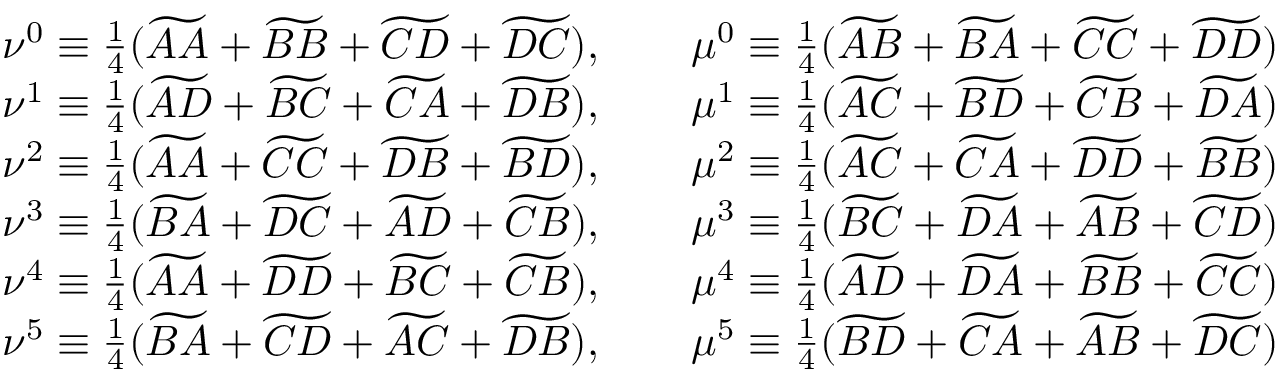
\begin{array} { c c } { \nu ^ { 0 } \equiv \frac { 1 } { 4 } ( \widetilde { A A } + \widetilde { B B } + \widetilde { C D } + \widetilde { D C } ) , \qquad \mu ^ { 0 } \equiv \frac { 1 } { 4 } ( \widetilde { A B } + \widetilde { B A } + \widetilde { C C } + \widetilde { D D } ) } \\ { \nu ^ { 1 } \equiv \frac { 1 } { 4 } ( \widetilde { A D } + \widetilde { B C } + \widetilde { C A } + \widetilde { D B } ) , \qquad \mu ^ { 1 } \equiv \frac { 1 } { 4 } ( \widetilde { A C } + \widetilde { B D } + \widetilde { C B } + \widetilde { D A } ) } \\ { \nu ^ { 2 } \equiv \frac { 1 } { 4 } ( \widetilde { A A } + \widetilde { C C } + \widetilde { D B } + \widetilde { B D } ) , \qquad \mu ^ { 2 } \equiv \frac { 1 } { 4 } ( \widetilde { A C } + \widetilde { C A } + \widetilde { D D } + \widetilde { B B } ) } \\ { \nu ^ { 3 } \equiv \frac { 1 } { 4 } ( \widetilde { B A } + \widetilde { D C } + \widetilde { A D } + \widetilde { C B } ) , \qquad \mu ^ { 3 } \equiv \frac { 1 } { 4 } ( \widetilde { B C } + \widetilde { D A } + \widetilde { A B } + \widetilde { C D } ) } \\ { \nu ^ { 4 } \equiv \frac { 1 } { 4 } ( \widetilde { A A } + \widetilde { D D } + \widetilde { B C } + \widetilde { C B } ) , \qquad \mu ^ { 4 } \equiv \frac { 1 } { 4 } ( \widetilde { A D } + \widetilde { D A } + \widetilde { B B } + \widetilde { C C } ) } \\ { \nu ^ { 5 } \equiv \frac { 1 } { 4 } ( \widetilde { B A } + \widetilde { C D } + \widetilde { A C } + \widetilde { D B } ) , \qquad \mu ^ { 5 } \equiv \frac { 1 } { 4 } ( \widetilde { B D } + \widetilde { C A } + \widetilde { A B } + \widetilde { D C } ) } \end{array}